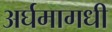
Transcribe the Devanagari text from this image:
अर्घमागधी